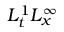
L _ { t } ^ { 1 } L _ { x } ^ { \infty }